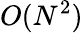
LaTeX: O(N^{2})